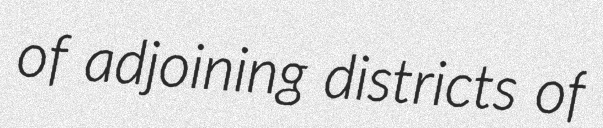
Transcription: of adjoining districts of